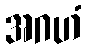
အဂဟံ